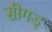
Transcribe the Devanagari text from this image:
सीगड्